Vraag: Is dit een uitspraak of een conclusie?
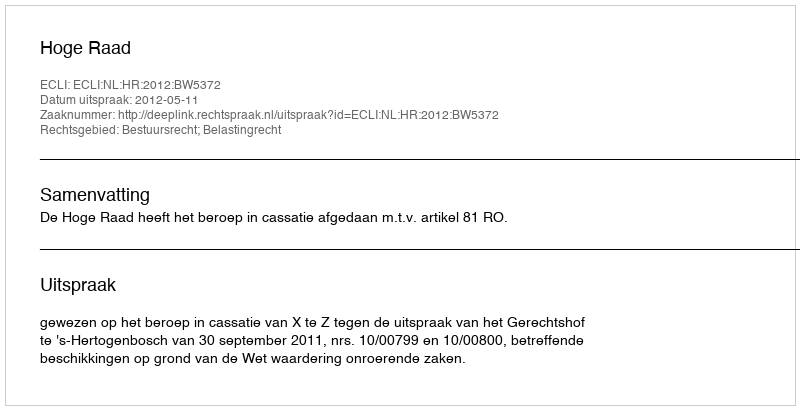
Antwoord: Uitspraak